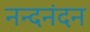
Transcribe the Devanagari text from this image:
नन्दनंदन